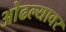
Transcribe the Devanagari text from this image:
ओढल्यावर